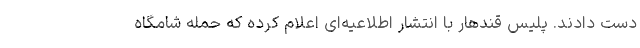
دست دادند. پلیس قندهار با انتشار اطلاعیه‌ای اعلام کرده که حمله شامگاه